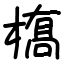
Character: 𫞎